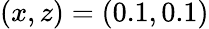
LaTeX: (x,z)=(0.1,0.1)